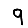
Digit: 9